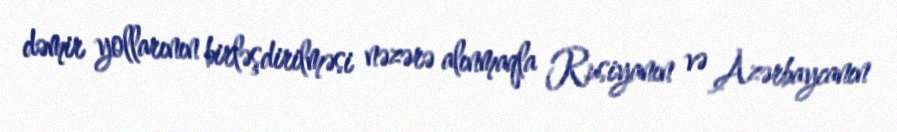
dəmir yollarının birləşdirilməsi nəzərə alınmaqla Rusiyanın və Azərbaycanın